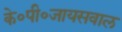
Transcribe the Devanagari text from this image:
के०पी०जायसवाल